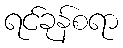
ရင်ခုန်စရာ